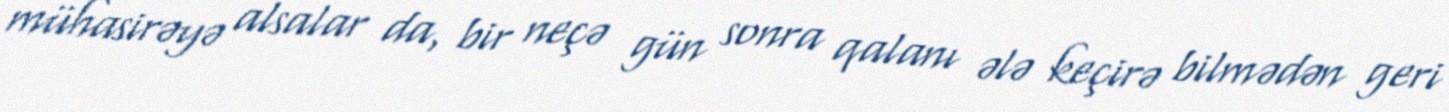
mühasirəyə alsalar da, bir neçə gün sonra qalanı ələ keçirə bilmədən geri